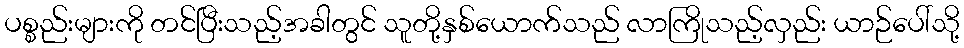
ပစ္စည်းများကို တင်ပြီးသည့်အခါတွင် သူတို့နှစ်ယောက်သည် လာကြိုသည့်လှည်း ယာဉ်ပေါ်သို့